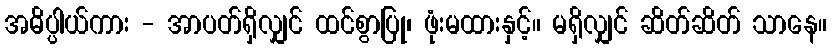
အဓိပ္ပါယ်ကား - အာပတ်ရှိလျှင် ထင်စွာပြု၊ ဖုံးမထားနှင့်။ မရှိလျှင် ဆိတ်ဆိတ် သာနေ။